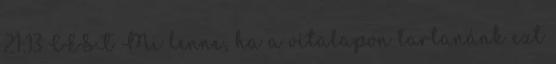
21:13 CEST Mi lenne, ha a vitalapon tartanánk ezt